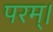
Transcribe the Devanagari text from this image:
परम्‌।